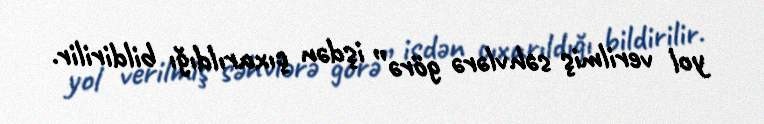
yol verilmiş səhvlərə görə” işdən çıxarıldığı bildirilir.